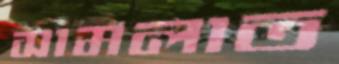
সামলাত